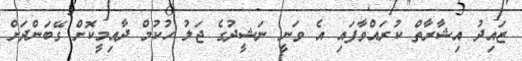
ޒައިދު އިޝާރާތް ކުރައްވާފައި އެ ވަނީ ނަޝީދުގެ ޖަލު ހުކުމް ދާއިމީކޮށް ގޭބަންދަށް